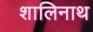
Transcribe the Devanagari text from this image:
शालिनाथ